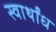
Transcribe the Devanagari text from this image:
स्वार्थांध